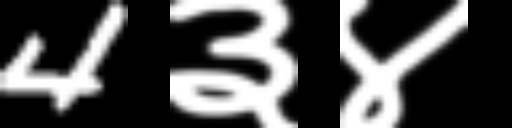
Text: 4३४